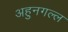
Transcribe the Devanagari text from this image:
अहुनगल्ल